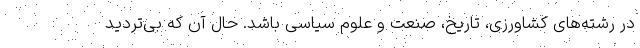
در رشته‌های کشاورزی، تاریخ، صنعت و علوم سیاسی باشد. حال آن که بی‌تردید